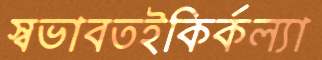
স্বভাবতইকির্কল্যা